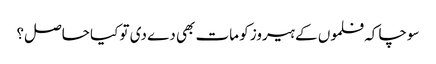
سوچا کہ فلموں کے ہیروز کو مات بھی دے دی تو کیا حاصل؟